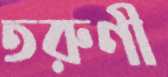
তরুণী